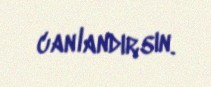
canlandırsın.